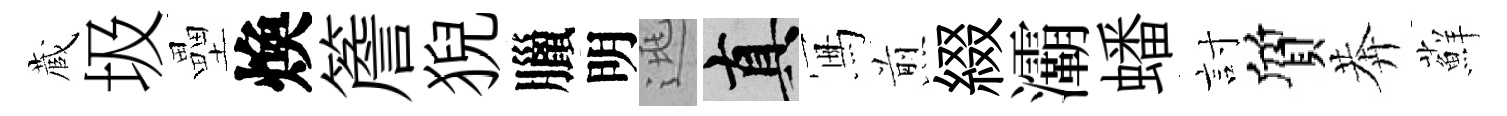
蔵圾壘煥簷猊臘明逃真冩煎綴灞蟠討質莾蘚